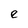
Character: e